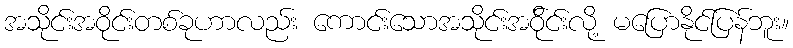
အသိုင်းအဝိုင်းတစ်ခုဟာလည်း ကောင်းသောအသိုင်းအဝို်င်းလို့ မပြောနိုင်ပြန်ဘူး။